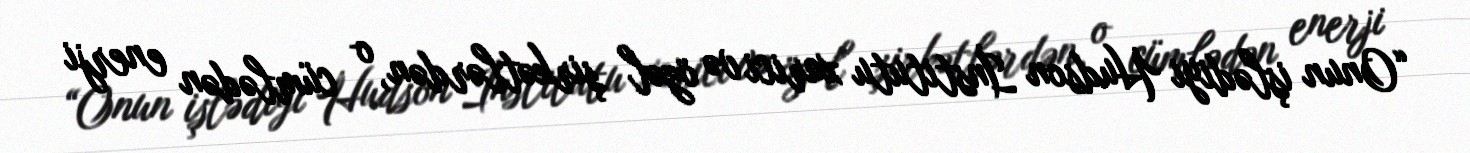
“Onun işlədiyi Hudson İnstitutu xarici və özəl şirkətlərdən, o cümlədən enerji